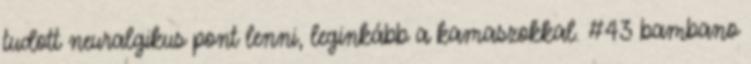
tudott neuralgikus pont lenni, leginkább a kamaszokkal. #43 bambano